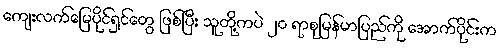
ကျေးလက်မြေပိုင်ရှင်တွေ ဖြစ်ပြီး သူတို့ကပဲ ၂၀ ရာစုမြန်မာပြည်ကို အောက်ပိုင်းက